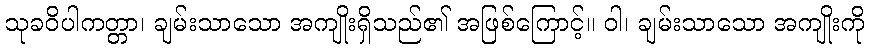
သုခဝိပါကတ္တာ၊ ချမ်းသာသော အကျိုးရှိသည်၏ အဖြစ်ကြောင့်။ ဝါ၊ ချမ်းသာသော အကျိုးကို